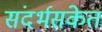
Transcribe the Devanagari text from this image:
संदर्भसंकेत